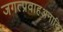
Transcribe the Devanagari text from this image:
जगत्प्रवाहअनादि